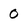
Character: O